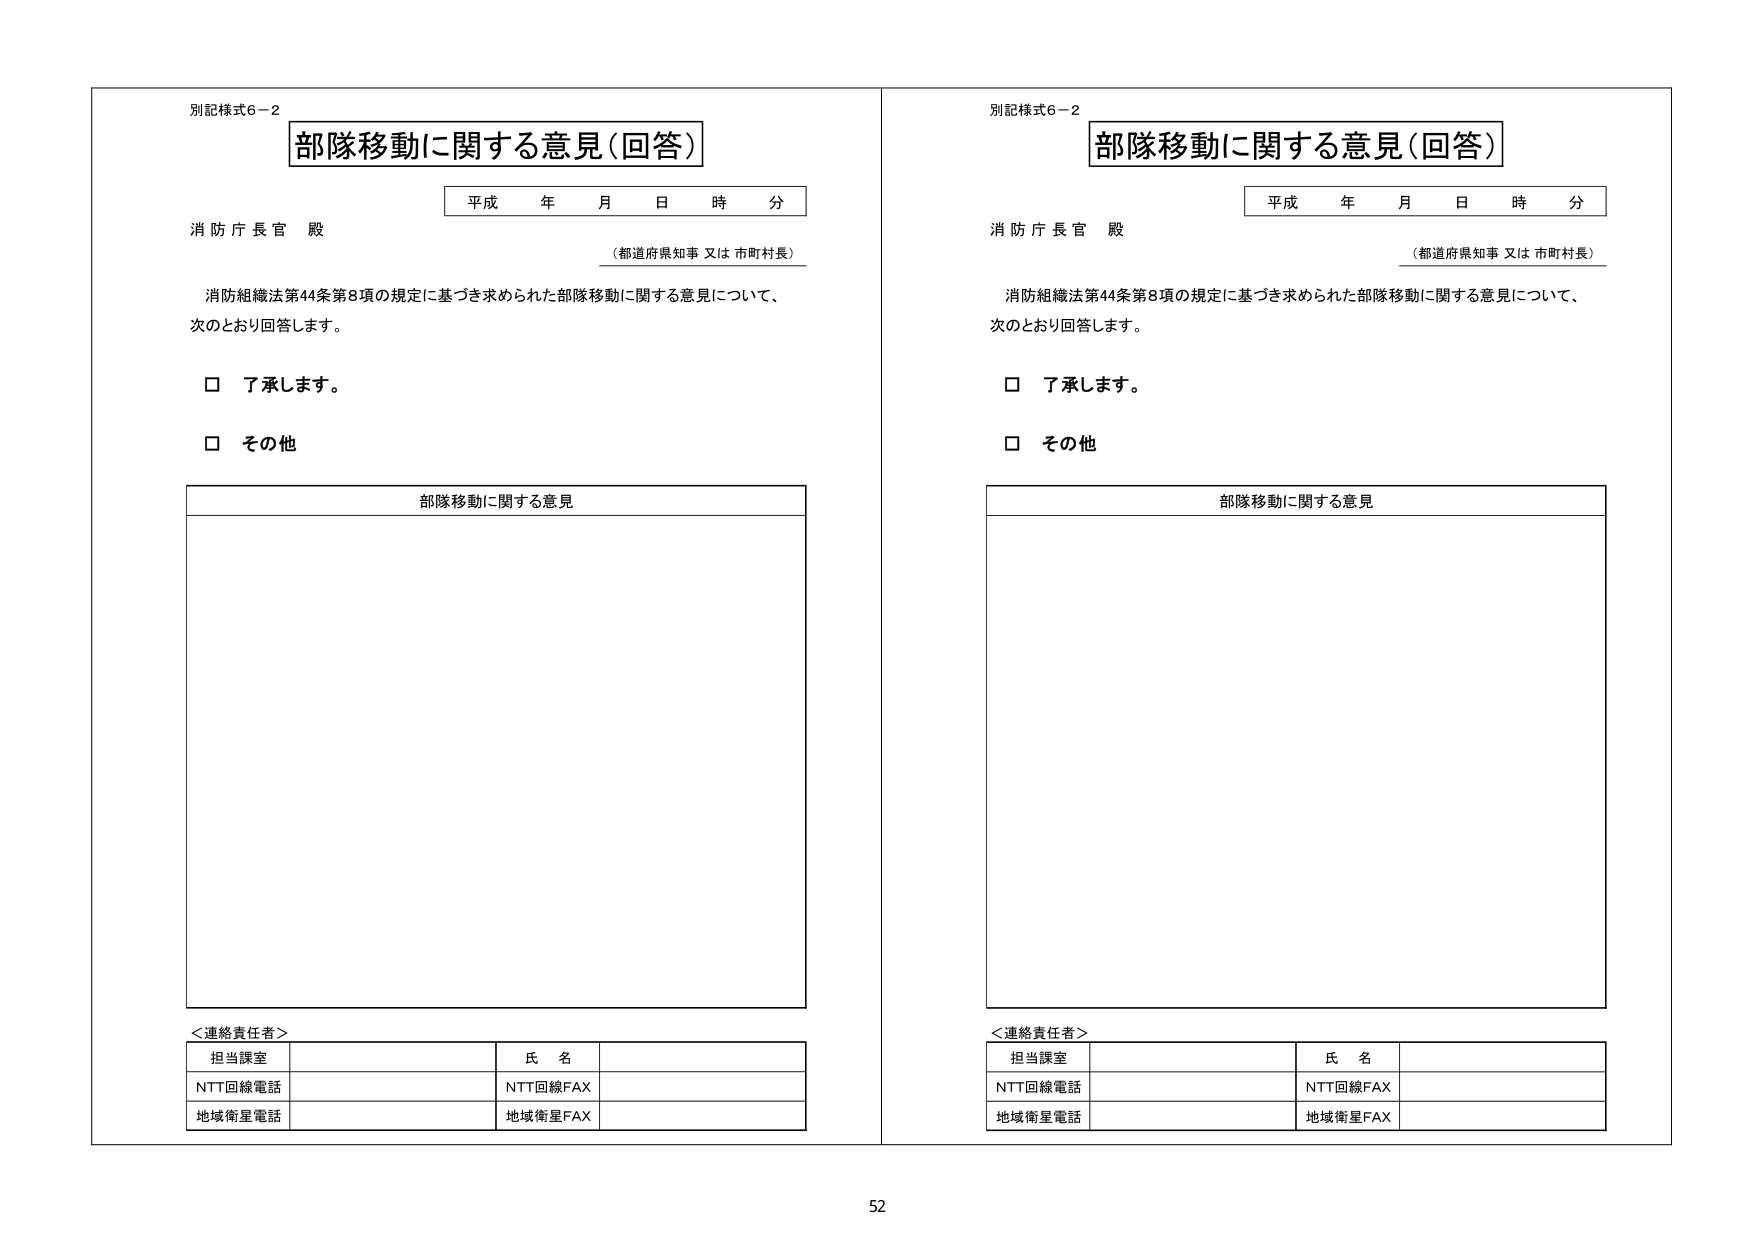
別記様式6－2
部隊移動に関する意見（回答）
平成 年 月 日 時 分
消防庁長官 殿
（都道府県知事 又は 市町村長）
消防組織法第44条第8項の規定に基づき求められた部隊移動に関する意見について、
次のとおり回答します。
□ 了承します。
□ その他
部隊移動に関する意見

＜連絡責任者＞
担当課室　　　　　　　　　　　氏 名
NTT回線電話　　　　　　　　　NTT回線FAX
地域衛星電話　　　　　　　　　地域衛星FAX

別記様式6－2
部隊移動に関する意見（回答）
平成 年 月 日 時 分
消防庁長官 殿
（都道府県知事 又は 市町村長）
消防組織法第44条第8項の規定に基づき求められた部隊移動に関する意見について、
次のとおり回答します。
□ 了承します。
□ その他
部隊移動に関する意見

＜連絡責任者＞
担当課室　　　　　　　　　　　氏 名
NTT回線電話　　　　　　　　　NTT回線FAX
地域衛星電話　　　　　　　　　地域衛星FAX

52